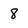
Character: 8